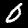
Label: 0